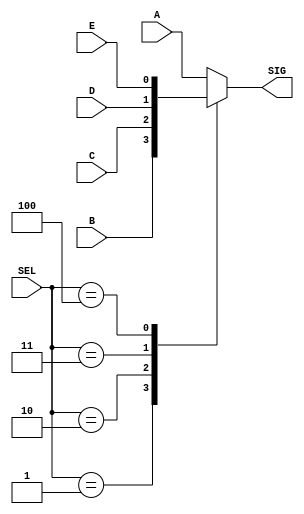
/* MUX_GATE.V  
* May 2001 */ 

 
module mux_gate (A,B,C,D,E,SEL,SIG); 
 
input A,B,C,D,E; 
input [2:0] SEL; 
output SIG; 
reg SIG; 
 
    always @ (A or B or C or D or SEL) 
    case (SEL) 
        3'b000: 
          SIG=A; 
        3'b001: 
          SIG=B; 
        3'b010: 
          SIG=C; 
        3'b011: 
          SIG=D; 
        3'b100: 
          SIG=E; 
default: SIG=A; 
    endcase 
endmodule